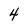
Character: 4